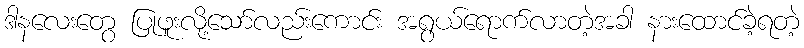
ဒါနလေးတွေ ပြုဖူးလို့သော်လည်းကောင်း အရွယ်ရောက်လာတဲ့အခါ နားထောင်ခဲ့ရတဲ့